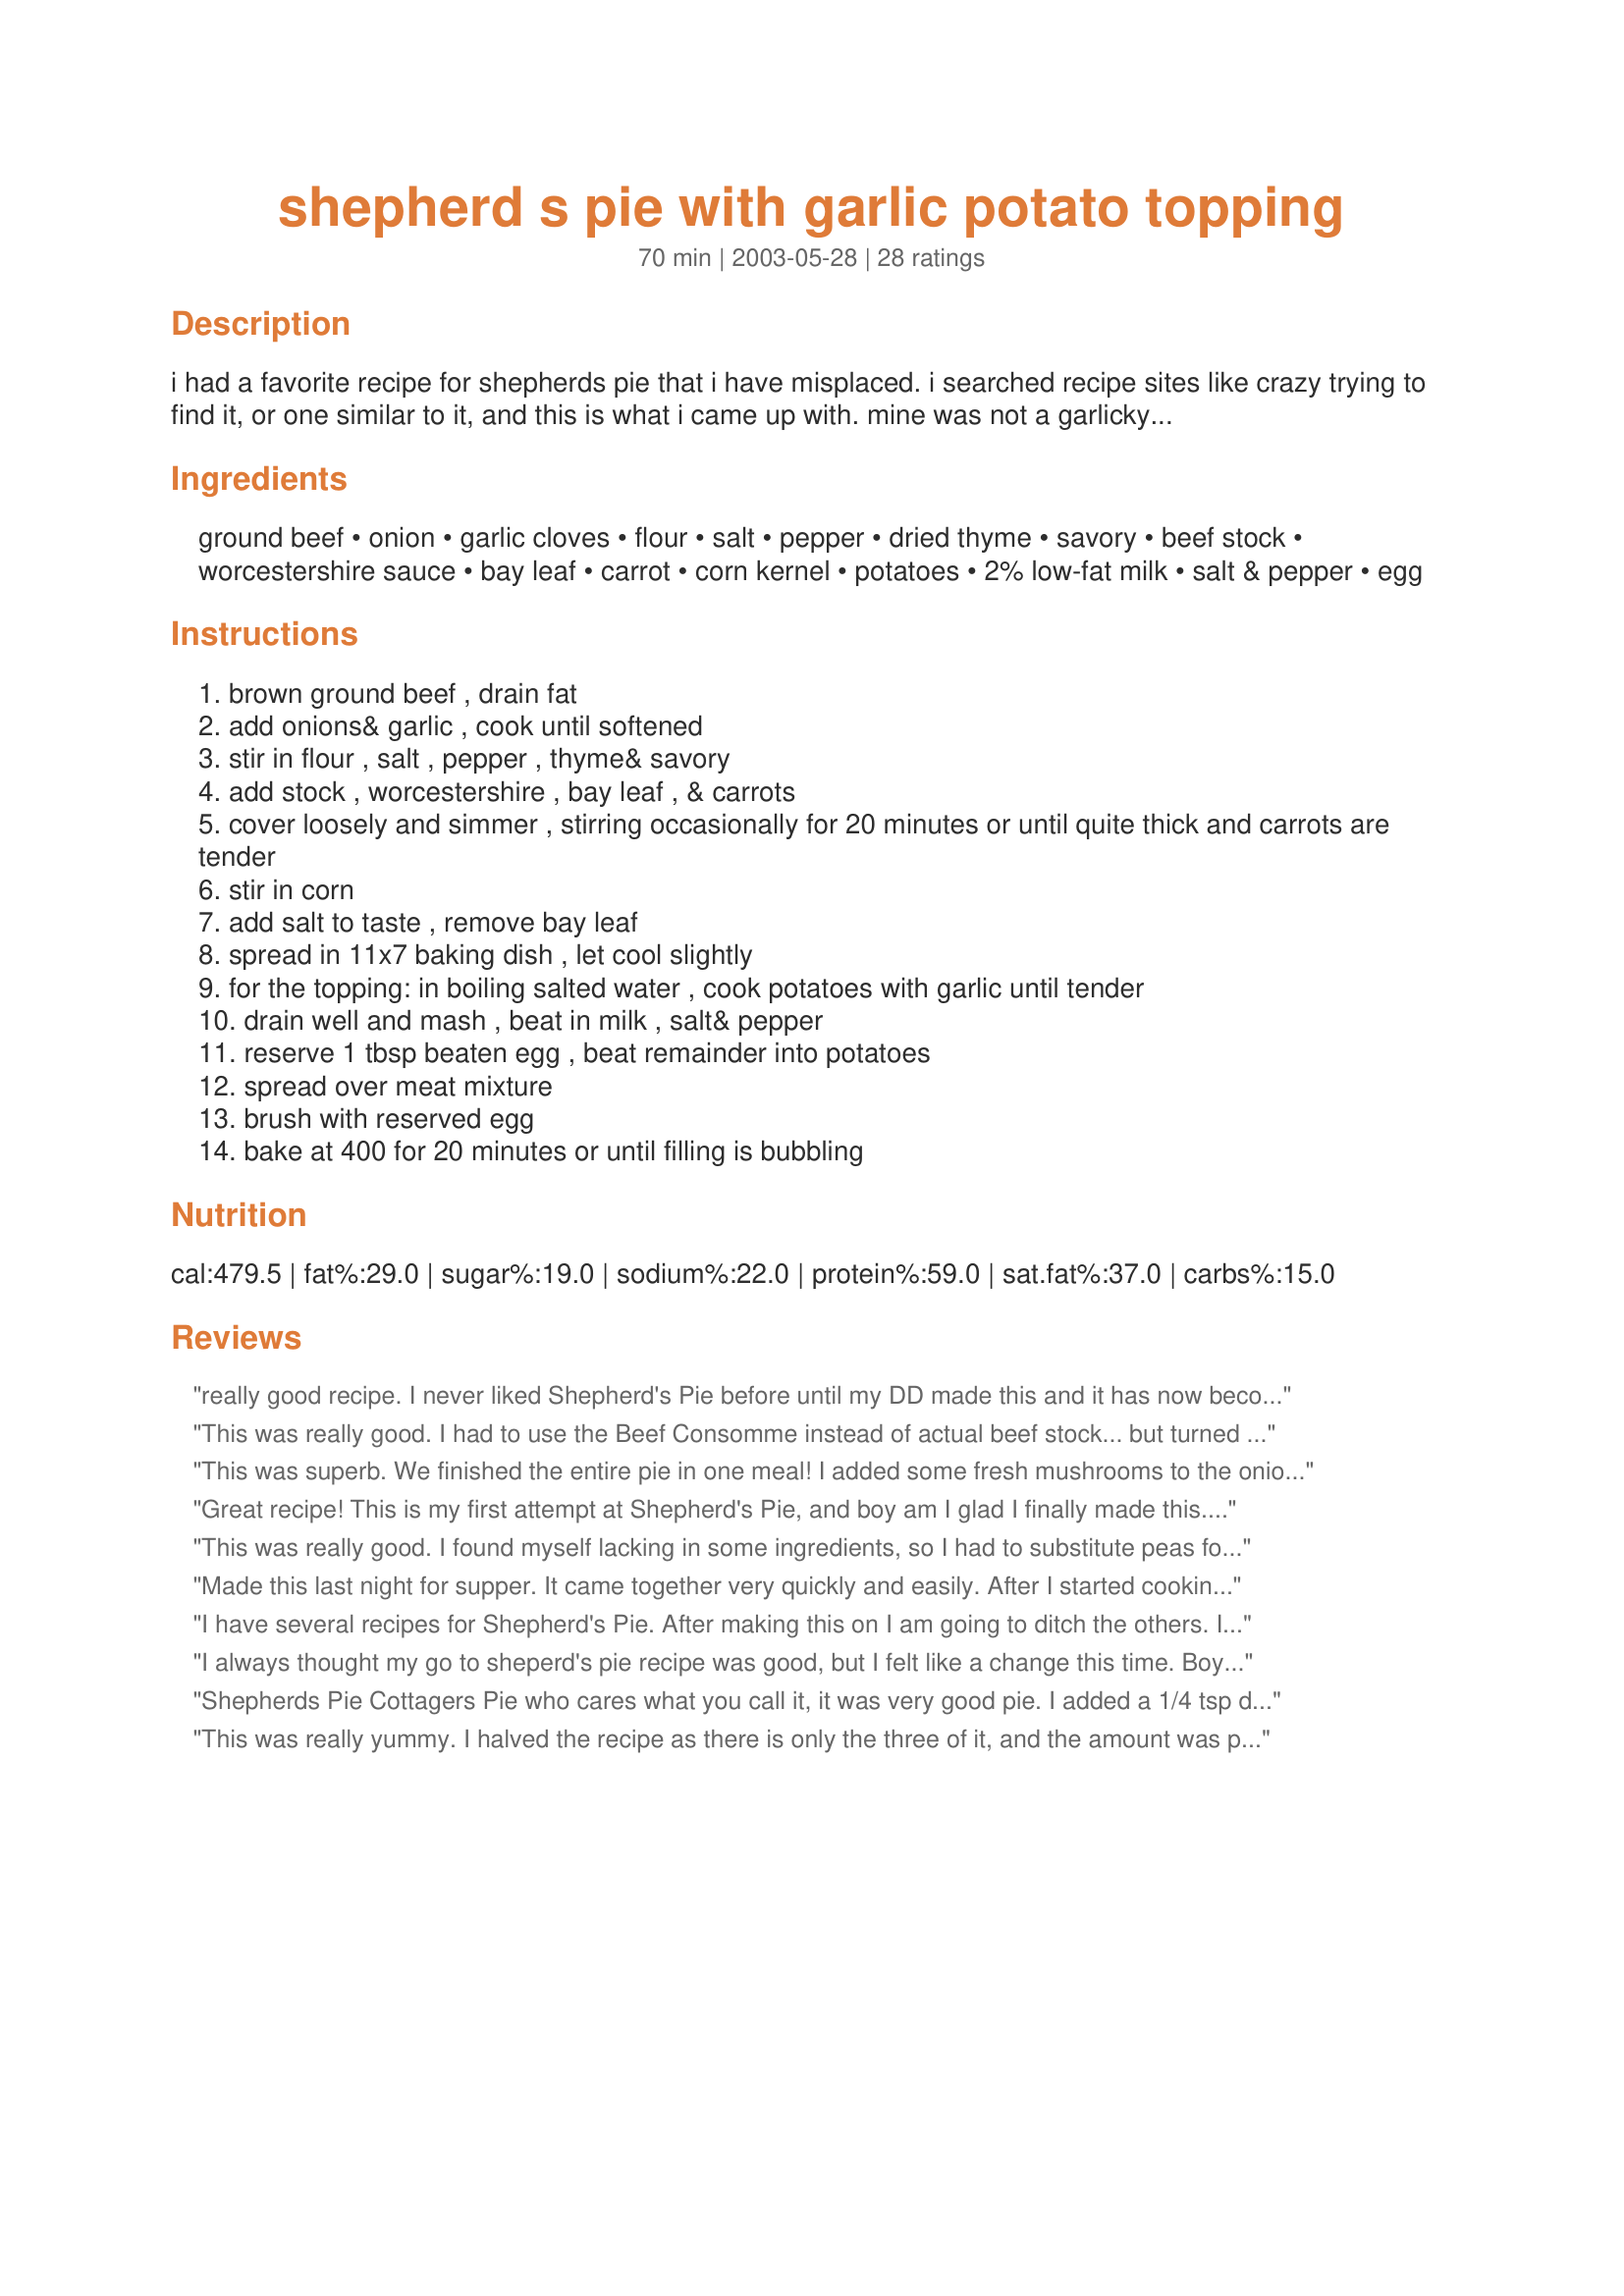
shepherd s pie with garlic potato topping
Preparation time: 70 minutes

i had a favorite recipe for shepherds pie that i have misplaced. i searched recipe sites like crazy trying to find it, or one similar to it, and this is what i came up with. mine was not a garlicky topping but very similar in the fact that you beat egg into the topping(and a little cheddar cheese) and i would top it with a little bit of fine, dry breadcrumbs and a shake of parmesan once i spread it over the meat layer.if you are not a garlic fan you could probably just leave it out. sometimes i would spread a can of cream corn over the meat layer,however this recipe calls for corn kernels to be mixed right in,you could probably still do either.my recipe also called for the thyme & savory which i like the flavor of. this recipe was credited to "new canadian basics"

Ingredients:
ground beef, onion, garlic cloves, flour, salt, pepper, dried thyme, savory, beef stock, worcestershire sauce, bay leaf, carrot, corn kernel, potatoes, 2% low-fat milk, salt & pepper, egg

Steps:
brown ground beef , drain fat
add onions& garlic , cook until softened
stir in flour , salt , pepper , thyme& savory
add stock , worcestershire , bay leaf , & carrots
cover loosely and simmer , stirring occasionally for 20 minutes or until quite thick and carrots are tender
stir in corn
add salt to taste , remove bay leaf
spread in 11x7 baking dish , let cool slightly
for the topping: in boiling salted water , cook potatoes with garlic until tender
drain well and mash , beat in milk , salt& pepper
reserve 1 tbsp beaten egg , beat remainder into potatoes
spread over meat mixture
brush with reserved egg
bake at 400 for 20 minutes or until filling is bubbling

Reviews:
really good recipe. I never liked Shepherd's Pie before until my DD made this and it has now become a favourite. Thanks!
This was really good. I had to use the Beef Consomme instead of actual beef stock... but turned out excellent! We loved it, very kid friendly as well!
This was superb. We finished the entire pie in one meal! I added some fresh mushrooms to the onion and used half a bag of frozen vegetables in place of the carrots and corn. Thank you for posting this wonderful recipe.
Great recipe!

This is my first attempt at Shepherd's Pie, and boy am I glad I finally made this. It came perfect.

Just a few notes on changes I made:

I added butter to my mashed potatoes. Instead of corn I used peas. And I didn't have savory, so I used some Cajun seasoning.

Also, I needed to crack an extra egg to brush the top with.

But as I said, this was a perfect recipe. I'll definitely be making it again. And soon!
This was really good. I found myself lacking in some ingredients, so I had to substitute peas for corn and chicken stock for beef stock. Still tasted great. Thanks!
Made this last night for supper. It came together very quickly and easily. After I started cooking I realized that I didn't have any beef stock or consomme, so I had to use chicken stock. I also didn't use the egg in the potato topping and I used 1% milk. I halved this recipe as it was just my DH and I eating. Put it into a deep dish 9" pie plate and it was perfect. Very tasty and I'm sure it will be even better with beef broth. I will rate it again the next time I make it with beef broth. Thanks for posting.
I have several recipes for Shepherd's Pie. After making this on I am going to ditch the others. I made this exactly according to the written instructions,including the egg, and I could not imagine anything I would want to change. Well-OK-I may use a few more potatoes next time to get a thicker topping. Thanks for a great recipe
I always thought my go to sheperd's pie recipe was good, but I felt like a change this time. Boy am I glad I decided to try something new. The garlic in the potatos really adds a nice flavour to the dish. I used half gorund beef and half ground pork, since that's what I had on hand. Thank you so muc for sharing!
Shepherds Pie Cottagers Pie who cares what you call it, it was very good pie. I added a 1/4 tsp dried parsely and topped generously with shredded parmesan. An excellent shortcut on the potato topping is 1 package Idahoan instant garlic and herb mashed potatoes. Thanks Rhonda J for posting.
This was really yummy. I halved the recipe as there is only the three of it, and the amount was perfect. My DD ate the carrots I had bought to make it and I didn't discover that until I was in the middle of making it, so I got creative and added 1/2 can of green beans with the corn. It was a big hit with my family. Will for sure make this again.
Very easy and delicious. I did not have savory; so I substituted with marjoram. I also used frozen mixed vegetables, which made things a little faster. Thanks so much!
This is almost identical to the recipe I posted last October -- #39953 and it definitely is a 5*.
My husband and I enjoyed this meal very much. It was a nice change to have something we never had before.
I made this for a second time tonight. The only thing I did different was add more vegies. I used corn, carrots, gr. beans, peas, mushrooms, and pearl onions. It was wonderful.. I know my first review is going to get cancelled out, but I just wanted to say again how wonderful this was! yummy and thank you!!
This is a good recipe for shepherd's pie. Unfortunately, the only other shepherd's pie I had before was really different from this and that's what I was hoping to recreate, but there is nothing wrong with this one. It's just different from what I was hoping for :)
My family gobbled this right up! I didn't have any savory, but I don't think that was a problem. I was short on potatoes so I put the meat in two pans. Covered one with the potatoes and froze the other so when I have mashed potatoes around I'll pull this out.
Loved this! The changes I made were instead of carrots, I used corn and peas, 1.5 cups in total adding them in at the end. I also didn't follow the mashed potato recipe to a tee.. I did use the garlic which I loved. Also topped the mashed potatoes with grated cheese. Baked it all in an 8x8 dish with the lid on. So so yummy.
DH and I really enjoyed this recipe and it will go in my monthly rotation. I halved the recipe and baked it in a bread pan. I replaced the carrots with green beans, as that's what I had on hand. I made this ahead of time (I like that) and just baked it a little longer. Add a salad and you have an easy, tasty and economical meal. Thank you for posting.
Great recipe! I subbed carrots with peas, milk with sour cream and I also left out the egg in the mashed potatoes as I didn't think it really needed it. I love the garlic with the topping. Will make again, for sure.
Delicious version of Shepherd's Pie....I added mushrooms and substituted peas for the corn because its what I had on hand. We loved it. Thanks!
Loved this! So did my husband & son. I didn't use corn (just 'cause I don't like it in shepherd's pie) but did everything else the same. I'll definitely make this again!
I decided to try a new shepherd's pie recipe for the heck of it. Glad I did! I loved the flavor of the meat. My potato topping came out a bit cakey so I think I'll leave out the egg next time. I used a lot of garlic in both layers and was happy to eat the leftovers the following day!
We loved this. The seasoning was great. It made wonderful left-overs, too. This will be made again. Thanks for posting.
Very good! I just did regular mashed potatoes for the top; just a personal preference. I also mixed some mushroom Better than Bullion into the beef stock. I may have also added mushrooms to the mix, but I can't remember! I'm sure it would be good either way. It was excellent!
This was really good! I've been trying to wing Shepherd's Pie from memory and my last couple of attempts didn't turn out so good... finally figured I should follow a recipe and this one was great! Added a little extra meat b/c we like it meaty and used sour cream and butter in my potatoes b/c I didn't have any milk. I especially enjoyed the roasted garlic!
Very yummy. I made it lastnight and my husband took it to work today for lunch, so he must like it. Easy to make. Thanks Rhonda J
Great taste with the Garlic topping. Family loved it! Will be making again. Thanks Ronda J.
I had never made shepherd's pie before, but I'd had it at a potluck dinner and liked it, so I did a search on 'Zaar to see what I could find. After reading a bunch of recipes I settled on this one because I love garlic mashed potatoes. I was low on milk, so I supplemented with some sour cream and cream cheese in the potatoes. I left the minced garlic out of the minced mixture, but did use some garlic powder. I subbed peas for the corn and added a leek to the veggies. I completely forgot about the egg and the bay leaf, but I don't think they were missed. Thanks for sharing, we really liked this.
